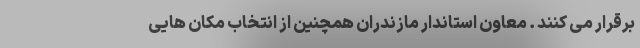
برقرار می کنند . معاون استاندار مازندران همچنین از انتخاب مکان هایی